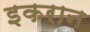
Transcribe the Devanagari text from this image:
इकरान